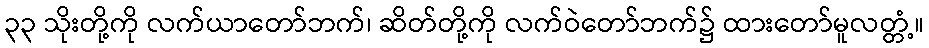
၃၃ သိုးတို့ကို လက်ယာတော်ဘက်၊ ဆိတ်တို့ကို လက်ဝဲတော်ဘက်၌ ထားတော်မူလတ္တံ့။